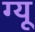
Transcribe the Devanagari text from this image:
ग्यू